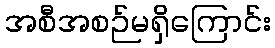
အစီအစဉ်မရှိကြောင်း